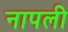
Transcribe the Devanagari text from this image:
नापली